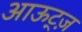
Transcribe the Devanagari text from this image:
आऊट्ज़